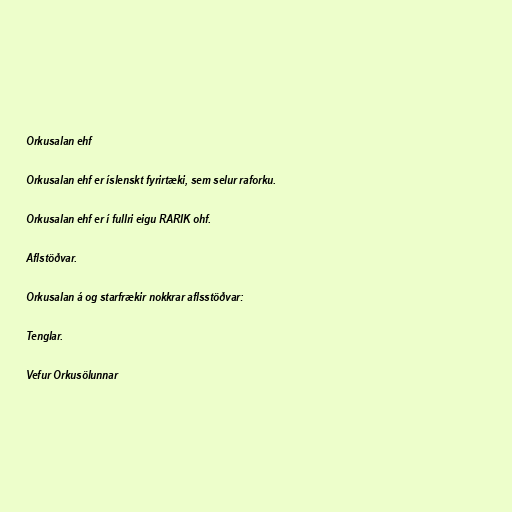
Orkusalan ehf

Orkusalan ehf er íslenskt fyrirtæki, sem selur raforku.

Orkusalan ehf er í fullri eigu RARIK ohf.

Aflstöðvar.

Orkusalan á og starfrækir nokkrar aflsstöðvar:

Tenglar.

Vefur Orkusölunnar